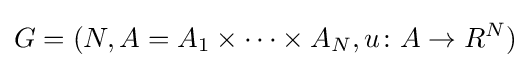
G=(N,A=A_{1}\times \dotsb \times A_{N},u\colon A\to R^{N})